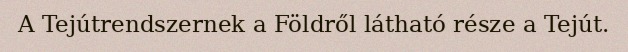
A Tejútrendszernek a Földről látható része a Tejút.